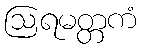
ဩရမတ္တကံ